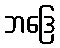
ဘဒြေ